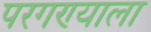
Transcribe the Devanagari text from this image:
परगण्याला